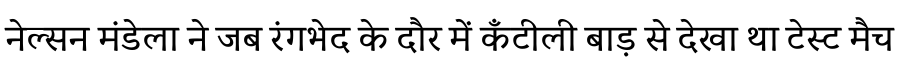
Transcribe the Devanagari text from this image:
नेल्सन मंडेला ने जब रंगभेद के दौर में कँटीली बाड़ से देखा था टेस्ट मैच